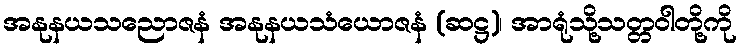
အနုနယသညောဇနံ အနုနယသံယောဇနံ (ဆဋ္ဌ)၊ အာရုံသို့သတ္တဝါတို့ကို